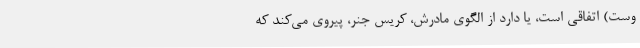
وست) اتفاقی است، یا دارد از الگوی مادرش، کریس جنر، پیروی می‌کند که